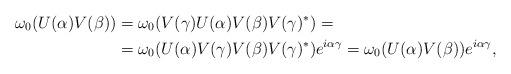
LaTeX: \begin{align*}\omega_0(U(\alpha)V(\beta)) &= \omega_0(V(\gamma)U(\alpha)V(\beta)V(\gamma)^\ast)=\\&=\omega_0(U(\alpha)V(\gamma)V(\beta)V(\gamma)^\ast) e^{i\alpha\gamma}=\omega_0(U(\alpha)V(\beta)) e^{i\alpha\gamma},\end{align*}